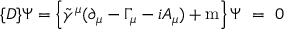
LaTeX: \{ D \} \Psi = \left\{ { \tilde { \gamma } } ^ { \mu } ( \partial _ { \mu } - \Gamma _ { \mu } - i A _ { \mu } ) + \mathrm { m } \right\} \Psi ~ = ~ 0